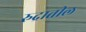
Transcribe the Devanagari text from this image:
रुद्रातील